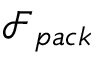
\mathcal { F } _ { p a c k }